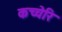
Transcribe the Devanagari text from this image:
कच्चेरि